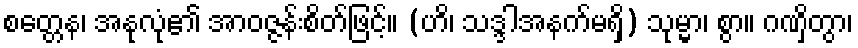
စတ္တေန၊ အနုလုံ၏ အာဝဇ္ဇန်းစိတ်ဖြင့်။ (ဟိ၊ သဒ္ဒါအနက်မရှိ) သုမ္မာ၊ စွာ။ ဂဏှိတွာ၊